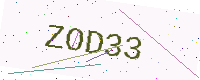
Text: ZOD33